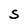
Character: S